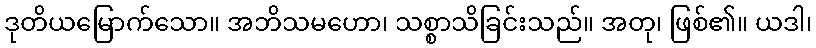
ဒုတိယမြောက်သော။ အဘိသမဟော၊ သစ္စာသိခြင်းသည်။ အတု၊ ဖြစ်၏။ ယဒါ၊